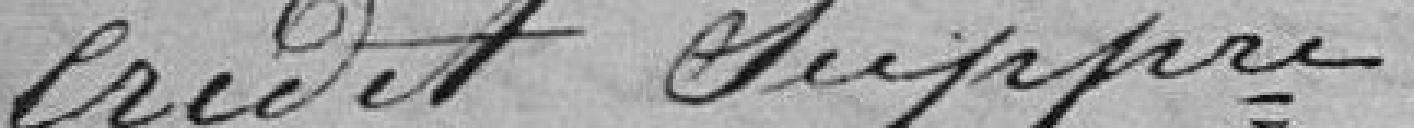
Crédit supplémentaire